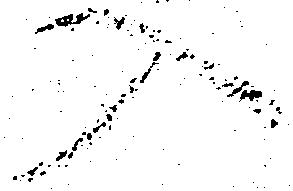
入